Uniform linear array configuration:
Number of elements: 16
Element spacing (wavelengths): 0.5
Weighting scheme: cosine
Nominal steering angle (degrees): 45
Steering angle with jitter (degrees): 46.093
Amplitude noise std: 0.05
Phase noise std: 0.05

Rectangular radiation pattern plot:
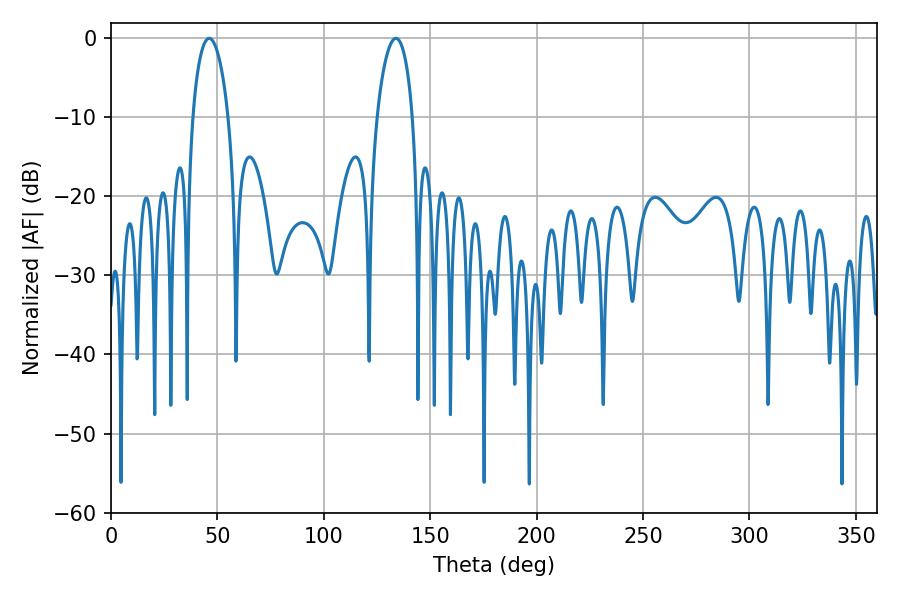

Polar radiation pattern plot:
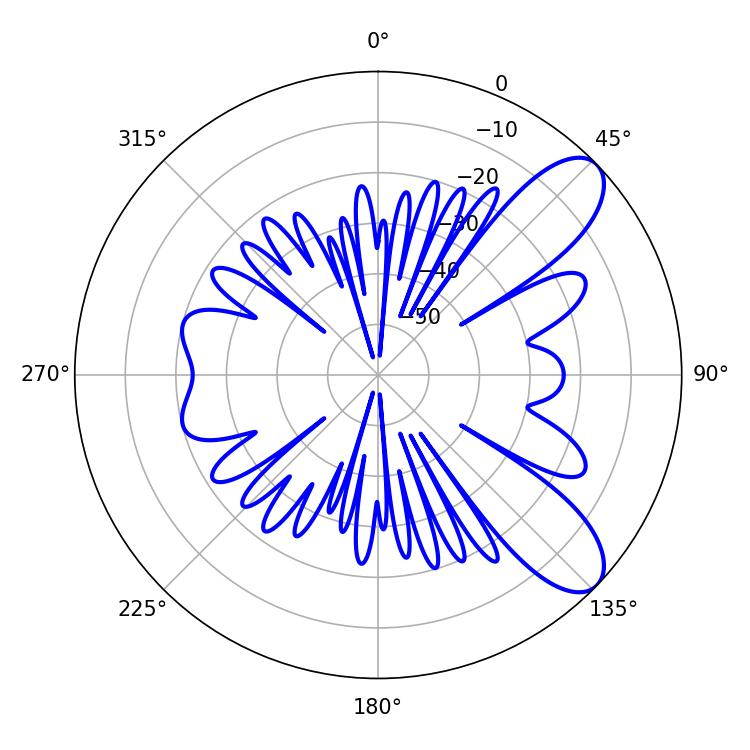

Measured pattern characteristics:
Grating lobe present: FALSE
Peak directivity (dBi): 8.927
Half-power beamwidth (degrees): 9.54
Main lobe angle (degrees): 46.08